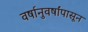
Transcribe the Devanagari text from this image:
वर्षानुवर्षांपासून